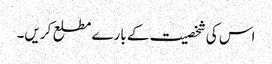
اس کی شخصیت کے بارے مطلع کریں۔